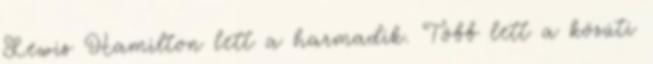
Lewis Hamilton lett a harmadik. Több lett a közúti